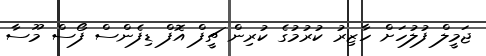
ޖަމީލް ފުލުހަށް ހާޒިރު ކުރުމުގެ ކުރިން ޗީފް އޮފް ޑިފެންސް ފޯސް މޫސާ